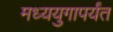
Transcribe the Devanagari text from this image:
मध्ययुगापर्यंत